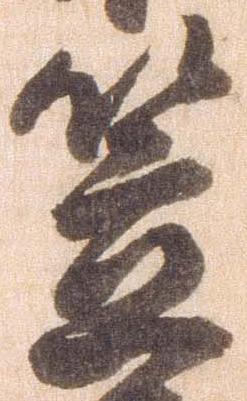
笠